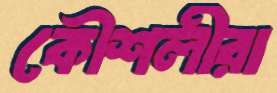
কৌশলীরা